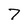
Character: 7